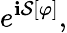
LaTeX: e^{\mathbf{i}{\mathcal{{S}}}[\varphi]},